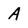
Character: A